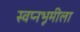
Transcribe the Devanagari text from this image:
स्वप्नभूमीला